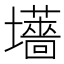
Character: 𫮽